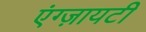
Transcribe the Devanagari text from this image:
एंग्ज़ायटी